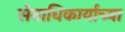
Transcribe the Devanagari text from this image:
सेनाधिकार्याच्या